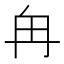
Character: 𫡒